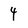
Character: 4